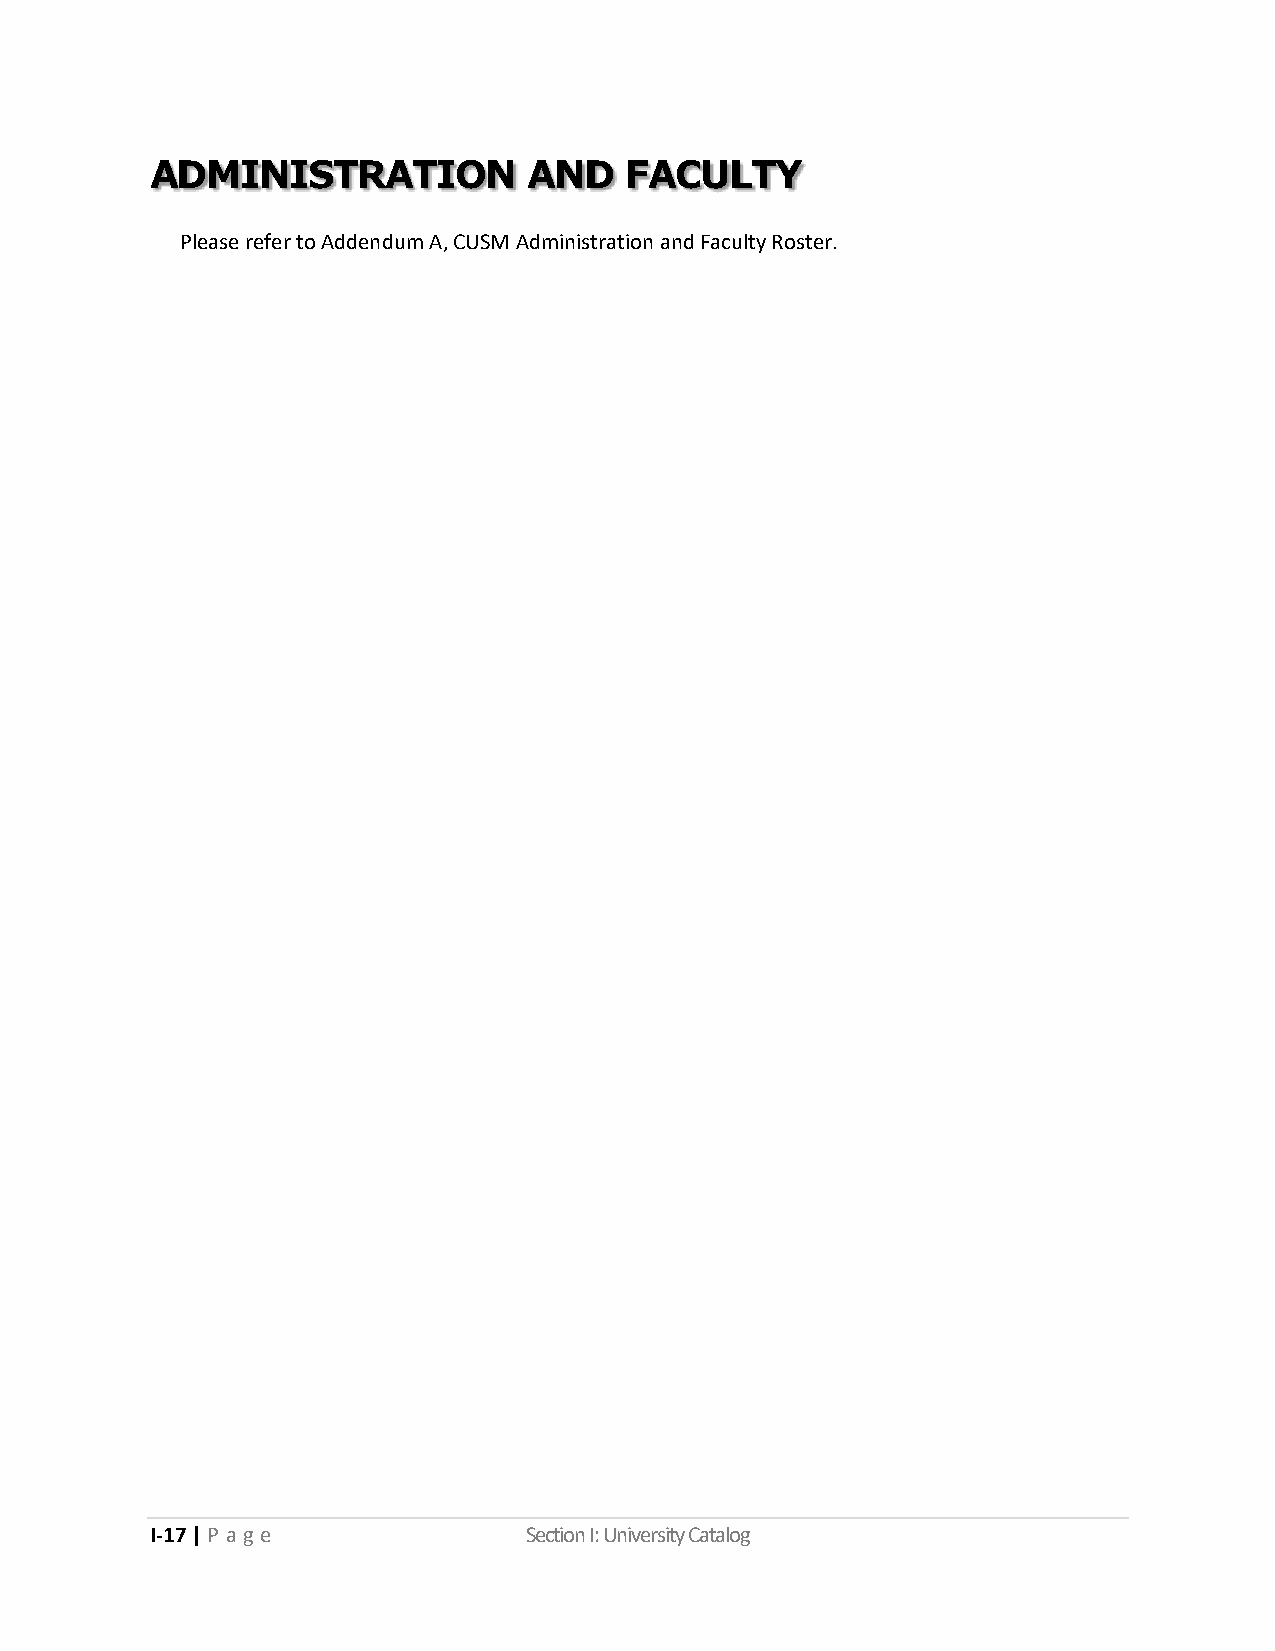
ADMINISTRATION           AND   FACULTY
 Please refer to Addendum A, CUSM Administration and Faculty Roster.
 I-17 | P a ge            Section I: University Catalog